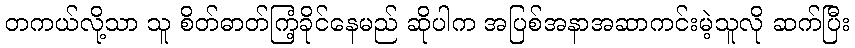
တကယ်လို့သာ သူ စိတ်ဓာတ်ကြံ့ခိုင်နေမည် ဆိုပါက အပြစ်အနာအဆာကင်းမဲ့သူလို ဆက်ပြီး